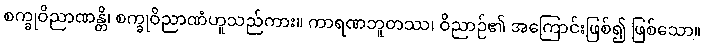
စက္ခုဝိညာဏန္တိ၊ စက္ခုဝိညာဏံဟူသည်ကား။ ကာရဏဘူတဿ၊ ဝိညာဉ်၏ အကြောင်းဖြစ်၍ ဖြစ်သော။